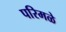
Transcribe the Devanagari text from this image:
परिमळे